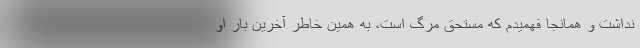
نداشت و همانجا فهمیدم که مستحق مرگ است، به همین خاطر آخرین بار او